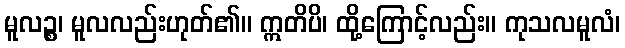
မူလဉ္စ၊ မူလလည်းဟုတ်၏။ ဣတိပိ၊ ထို့ကြောင့်လည်း။ ကုသလမူလံ၊